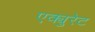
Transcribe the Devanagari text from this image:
एक्युरेट